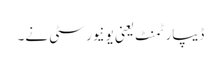
ڈیپارٹمنٹ یعنی یونیورسٹی نے۔